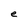
Character: e